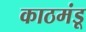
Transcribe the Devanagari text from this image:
काठमंडू